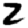
Digit: 2